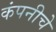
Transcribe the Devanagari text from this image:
कंपनीचेे